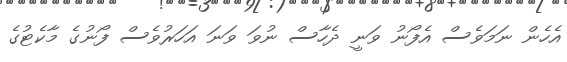
އެހެން ނަމަވެސް އެފޯނު ވަނީ ދެހާސް ނުވަ ވަނަ އަހަރުވެސް ފޯނުގެ މާކެޓުގެ